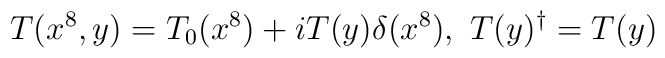
T(x^8,y)=T_0(x^8)+iT(y)\delta(x^8) , \ T(y)^{\dag}=T(y)